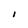
Character: 1